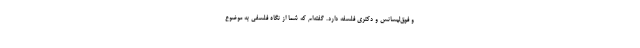
و فوق‌لیسانس و دکتری فلسفه دارد. گفته‌ام که شما از نگاه فلسفی به موضوع